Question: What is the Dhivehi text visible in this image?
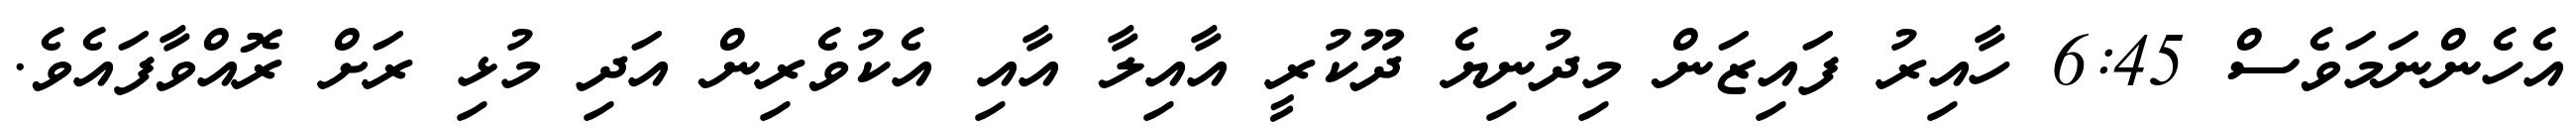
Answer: އެހެންނަމަވެސް 6:45 ހާއިރު ފައިޒަން މިދުނިޔެ ދޫކުރީ އާއިލާ އާއި އެކުވެރިން އަދި މުޅި ރަށް ރޮއްވާފައެވެ.